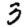
Digit: 3